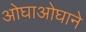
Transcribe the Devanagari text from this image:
ओघाओघाने